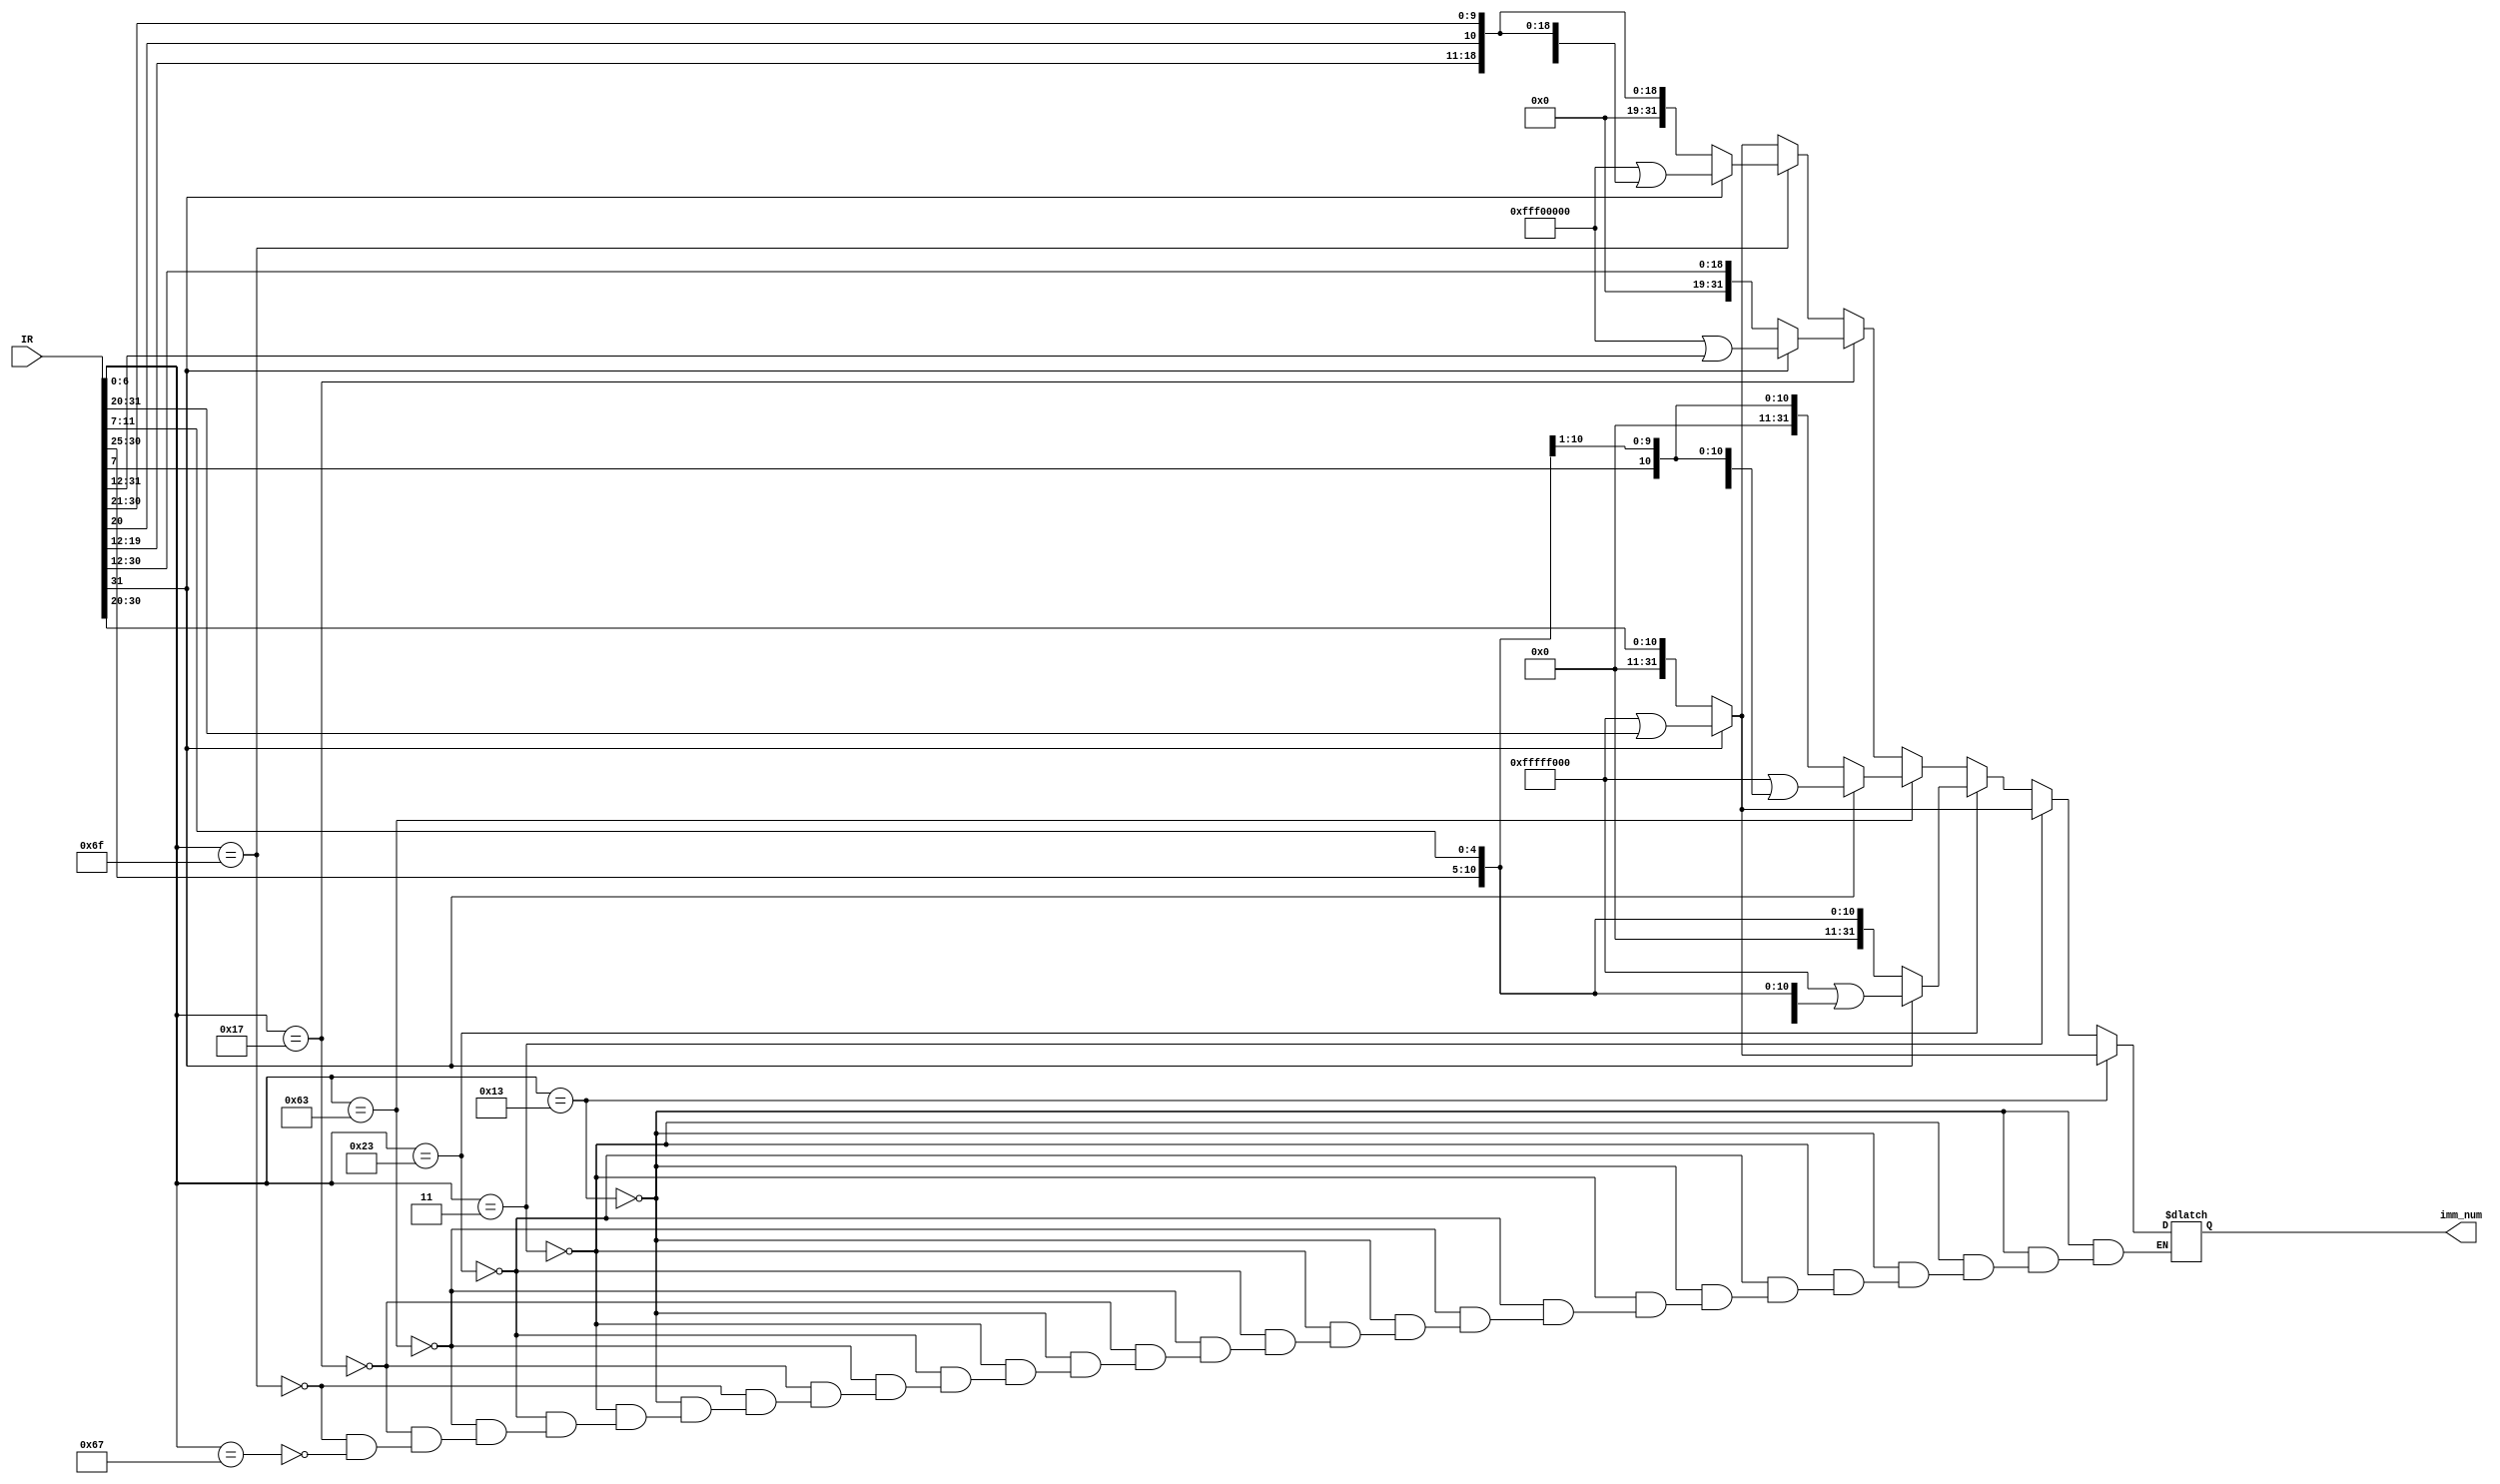
`timescale 1ns / 1ps
//////////////////////////////////////////////////////////////////////////////////
// Company: 
// Engineer: 
// 
// Design Name: 
// Module Name: Imm_Gen
// Project Name: 
// Target Devices: 
// Tool Versions: 
// Description: 
// 
// Dependencies: 
// 
// Revision:
// Revision 0.01 - File Created
// Additional Comments:
// 
//////////////////////////////////////////////////////////////////////////////////


module Imm_Gen(
    input [31:0] IR,
    output reg [31:0] imm_num
);
parameter one32 = 32'hffff_f000;
parameter one32_auipc = 32'hfff0_0000;


always @(*) begin
    if(IR[6:0]==7'b0010011) begin
    // addi
        if(IR[31]==1) imm_num = one32 | IR[31:20];
        else imm_num = IR[31:20];
    end
    else if(IR[6:0]==7'b0000011) begin
    // lw
        if(IR[31]==1) imm_num = one32 | IR[31:20];
        else imm_num = IR[31:20];
    end
    else if(IR[6:0]==7'b0100011) begin
    // sw
        if(IR[31]==1) imm_num = one32 | {IR[31:25],IR[11:7]};
        else imm_num = {IR[31:25],IR[11:7]};
    end
    else if(IR[6:0]==7'b1100011) begin
    // beq,blt
        if(IR[31]==1) imm_num = one32 | {IR[31],IR[7],IR[30:25],IR[11:8]};
        else imm_num = {IR[31],IR[7],IR[30:25],IR[11:8]}; 
    end
    else if(IR[6:0]==7'b0010111) begin
    // auipc
        if(IR[31]==1) imm_num = one32_auipc | IR[31:12];
        else imm_num = IR[31:12];    
    end
    else if(IR[6:0]==7'b1101111) begin
    // jal
        if(IR[31]==1) imm_num = one32_auipc | {IR[31],IR[19:12],IR[20],IR[30:21]};
        else imm_num = {IR[31],IR[19:12],IR[20],IR[30:21]};
    end
    else if(IR[6:0]==7'b1100111) begin
    // jalr
        if(IR[31]==1) imm_num = one32 | IR[31:20];
        else imm_num = IR[31:20];    
    end
end    
endmodule